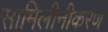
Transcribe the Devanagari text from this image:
सामिलीनीकरण